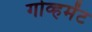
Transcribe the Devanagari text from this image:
गोव्हमेंट